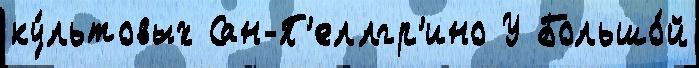
ку́льтовых Сан-П'еллгр'ино У Большо́й